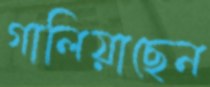
গালিয়াছেন